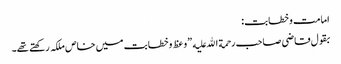
امامت وخطابت:
بقول قاضی صاحب رحمة الله علیه ”وعظ وخطابت میں خاص ملکہ رکھتے تھے۔